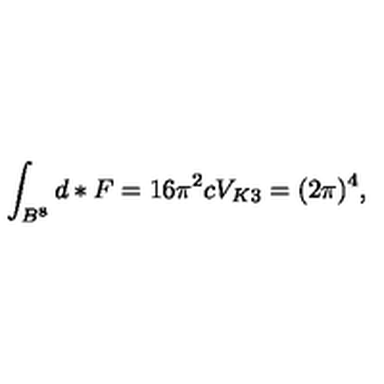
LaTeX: \int _ { B ^ { 8 } } d \ast F = 1 6 \pi ^ { 2 } c V _ { K 3 } = ( 2 \pi ) ^ { 4 } ,